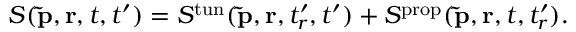
S ( \mathbf { \tilde { p } } , \mathbf { r } , t , t ^ { \prime } ) = S ^ { \mathrm { t u n } } ( \mathbf { \tilde { p } } , \mathbf { r } , t _ { r } ^ { \prime } , t ^ { \prime } ) + S ^ { \mathrm { p r o p } } ( \mathbf { \tilde { p } } , \mathbf { r } , t , t _ { r } ^ { \prime } ) .